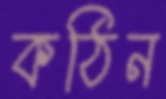
কঠিন